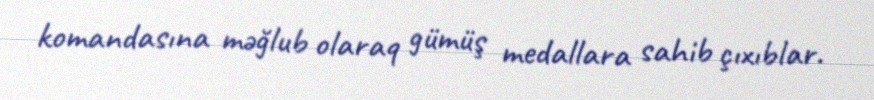
komandasına məğlub olaraq gümüş medallara sahib çıxıblar.